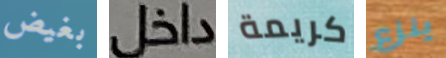
بغيض داخل كريمة ينزع